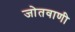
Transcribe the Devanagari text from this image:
जोतवाणी